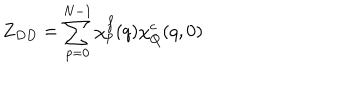
Z _ { D D } = \sum _ { p = 0 } ^ { N - 1 } \chi _ { p } ^ { f } ( q ) \chi _ { Q } ^ { c } ( q , 0 )